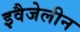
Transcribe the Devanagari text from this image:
इवैजेलीन